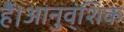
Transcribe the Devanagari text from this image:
हैं।आनुव्ंशिक